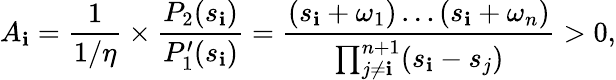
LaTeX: A_{\mathbf{i}}=\frac{{1}}{{1/\eta}}\times\frac{{P_{2}(s_{\mathbf{i}})}}{{P_{1}^{\prime}(s_{\mathbf{i}})}}=\frac{{(s_{\mathbf{i}}+\omega_{1})\ldots(s_{\mathbf{i}}+\omega_{n})}}{{\prod_{j\ne\mathbf{i}}^{n+1}(s_{\mathbf{i}}-s_{j})}}>0,